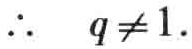
\(\therefore\ \ q\neq 1.\)